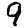
Digit: 9